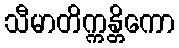
သီမာတိက္ကန္တိကော